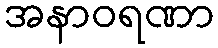
အနာဝရဏာ